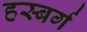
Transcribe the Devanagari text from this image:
हस्बर्ग